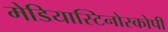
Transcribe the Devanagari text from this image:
मेडियास्टिनोस्कोपी